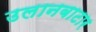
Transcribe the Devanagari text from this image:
उलानबाटार